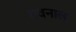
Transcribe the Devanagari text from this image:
यवनाल